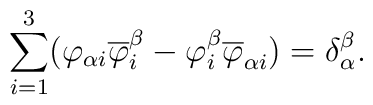
\sum_{i=1}^3(\varphi_{\alpha i}\overline{\varphi}_i^\beta-\varphi_i^\beta\overline{\varphi}_{\alpha i})= \delta{ _\alpha ^\beta}.